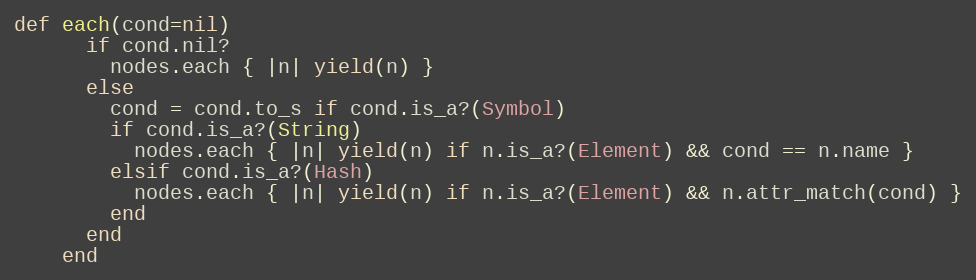
Language: Ruby
def each(cond=nil)
      if cond.nil?
        nodes.each { |n| yield(n) }
      else
        cond = cond.to_s if cond.is_a?(Symbol)
        if cond.is_a?(String)
          nodes.each { |n| yield(n) if n.is_a?(Element) && cond == n.name }
        elsif cond.is_a?(Hash)
          nodes.each { |n| yield(n) if n.is_a?(Element) && n.attr_match(cond) }
        end
      end
    end